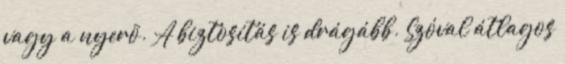
vagy a nyerõ. A biztosítás is drágább. Szóval átlagos